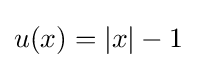
u(x)=|x|-1